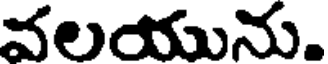
వలయును.